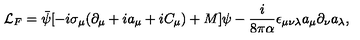
{ \cal L } _ { F } = \bar { \psi } [ - i \sigma _ { \mu } ( \partial _ { \mu } + i a _ { \mu } + i C _ { \mu } ) + M ] \psi - \frac { i } { 8 \pi \alpha } \epsilon _ { \mu \nu \lambda } a _ { \mu } \partial _ { \nu } a _ { \lambda } ,